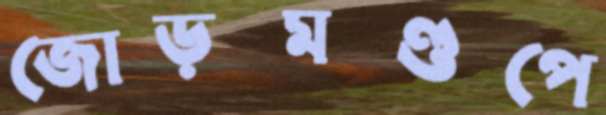
জোড়মণ্ডপে